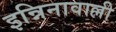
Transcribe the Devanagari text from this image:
इन्निनावाल्ली